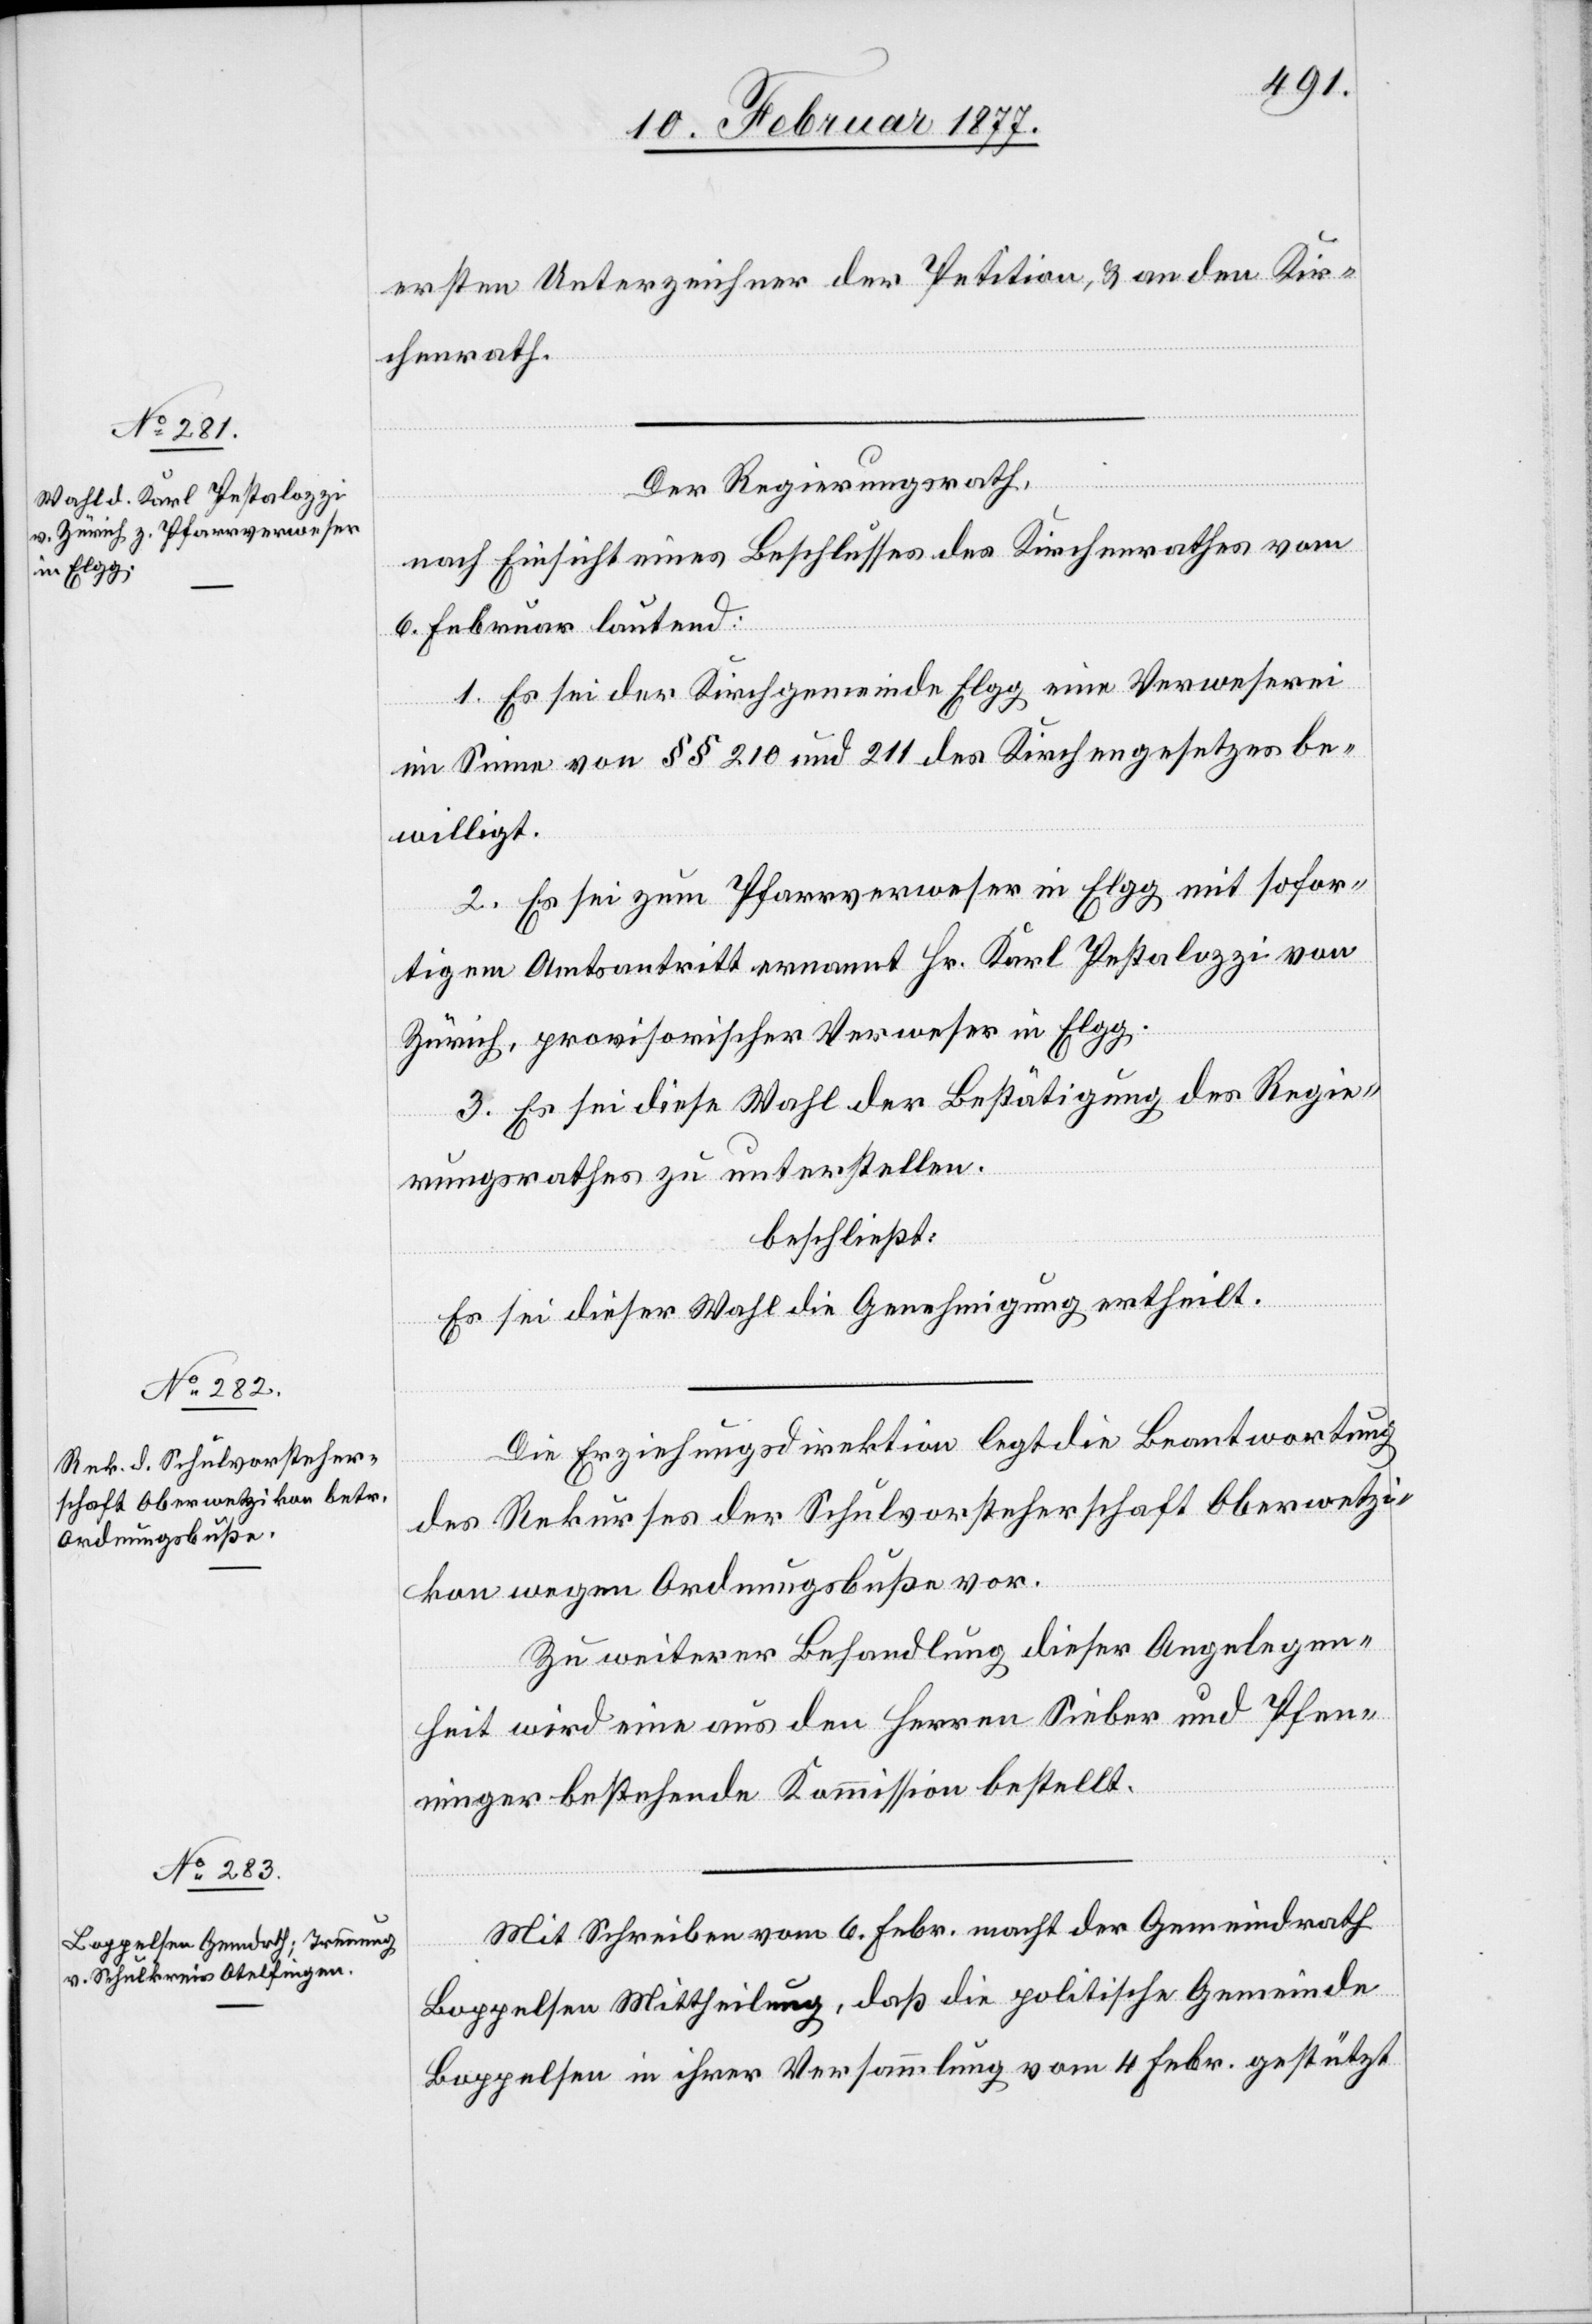
ersten Unterzeichner der Petition, & an den Kir¬
chenrath.
Der Regierungsrath,
nach Einsicht eines Beschlusses des Kirchenrathes vom
6. Februar lautend:
1. Es sei der Kirchgemeinde Elgg eine Verweserei
im Sinne von §§ 210 und 211 des Kirchengesetzes be¬
willigt.
2. Es sei zum Pfarrverweser in Elgg mit sofor¬
tigem Amtsantritt ernannt Hr. Karl Pestalozzi von
Zürich, provisorischer Verweser in Elgg.
3. Es sei diese Wahl der Bestätigung des Regie¬
rungsrathes zu unterstellen.
beschließt:
Es sei dieser Wahl die Genehmigung ertheilt.
Die Erziehungsdirektion legt die Beantwortung
des Rekurses der Schulvorsteherschaft Oberwetzi¬
kon wegen Ordnungsbuße vor.
Zu weiterer Behandlung dieser Angelegen¬
heit wird eine aus den Herren Sieber und Pfenn¬
inger bestehende Kommission bestellt.
Mit Schreiben vom 6. Febr. macht der Gemeindrath
Boppelsen Mittheilung, daß die politische Gemeinde
Boppelsen in ihrer Versammlung vom 4. Febr. gestützt